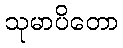
သုမာပိတော